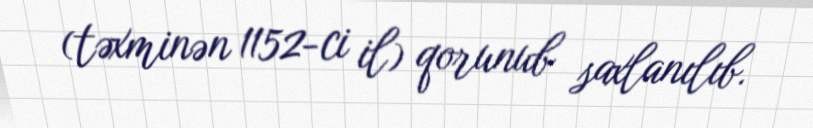
(təxminən 1152-ci il) qorunub saxlanılıb.